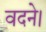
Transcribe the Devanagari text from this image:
वदने।